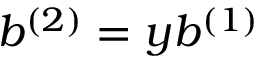
b ^ { ( 2 ) } = y b ^ { ( 1 ) }